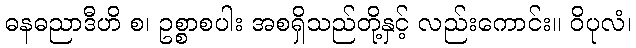
ဓနဓညာဒီဟိ စ၊ ဥစ္စာစပါး အစရှိသည်တို့နှင့် လည်းကောင်း။ ဝိပုလံ၊